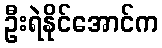
ဦးရဲနိုင်အောင်က